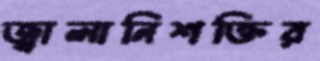
জ্বালানিশক্তির